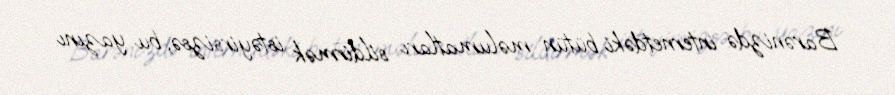
Barənizdə internetdəki bütün məlumatları sildirmək istəyirsizsə, bu yazını